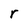
Character: r